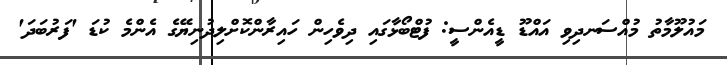
މައުލޫމާތު މުއްސަނދިވި އައްޑޫ ޑީއެންސީ: ފުޓްބޯޅާގައި ދިވެހިން ހައިރާންކޮށްލިދުނިޔޭގެ އެންމެ ކުޑަ 'ފަރުބަދަ'